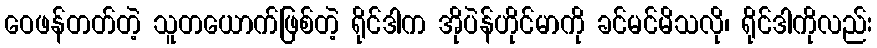
ဝေဖန်တတ်တဲ့ သူတယောက်ဖြစ်တဲ့ ရိုင်ဒါက အိုပဲန်ဟိုင်မာကို ခင်မင်မိသလို၊ ရိုင်ဒါကိုလည်း